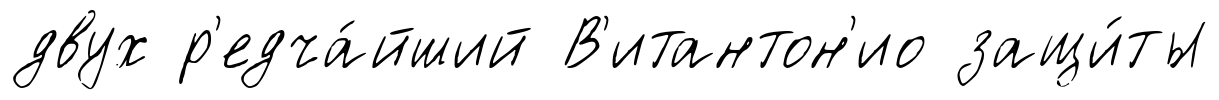
двух р'едча́йший В'итантон'ио защи́ты